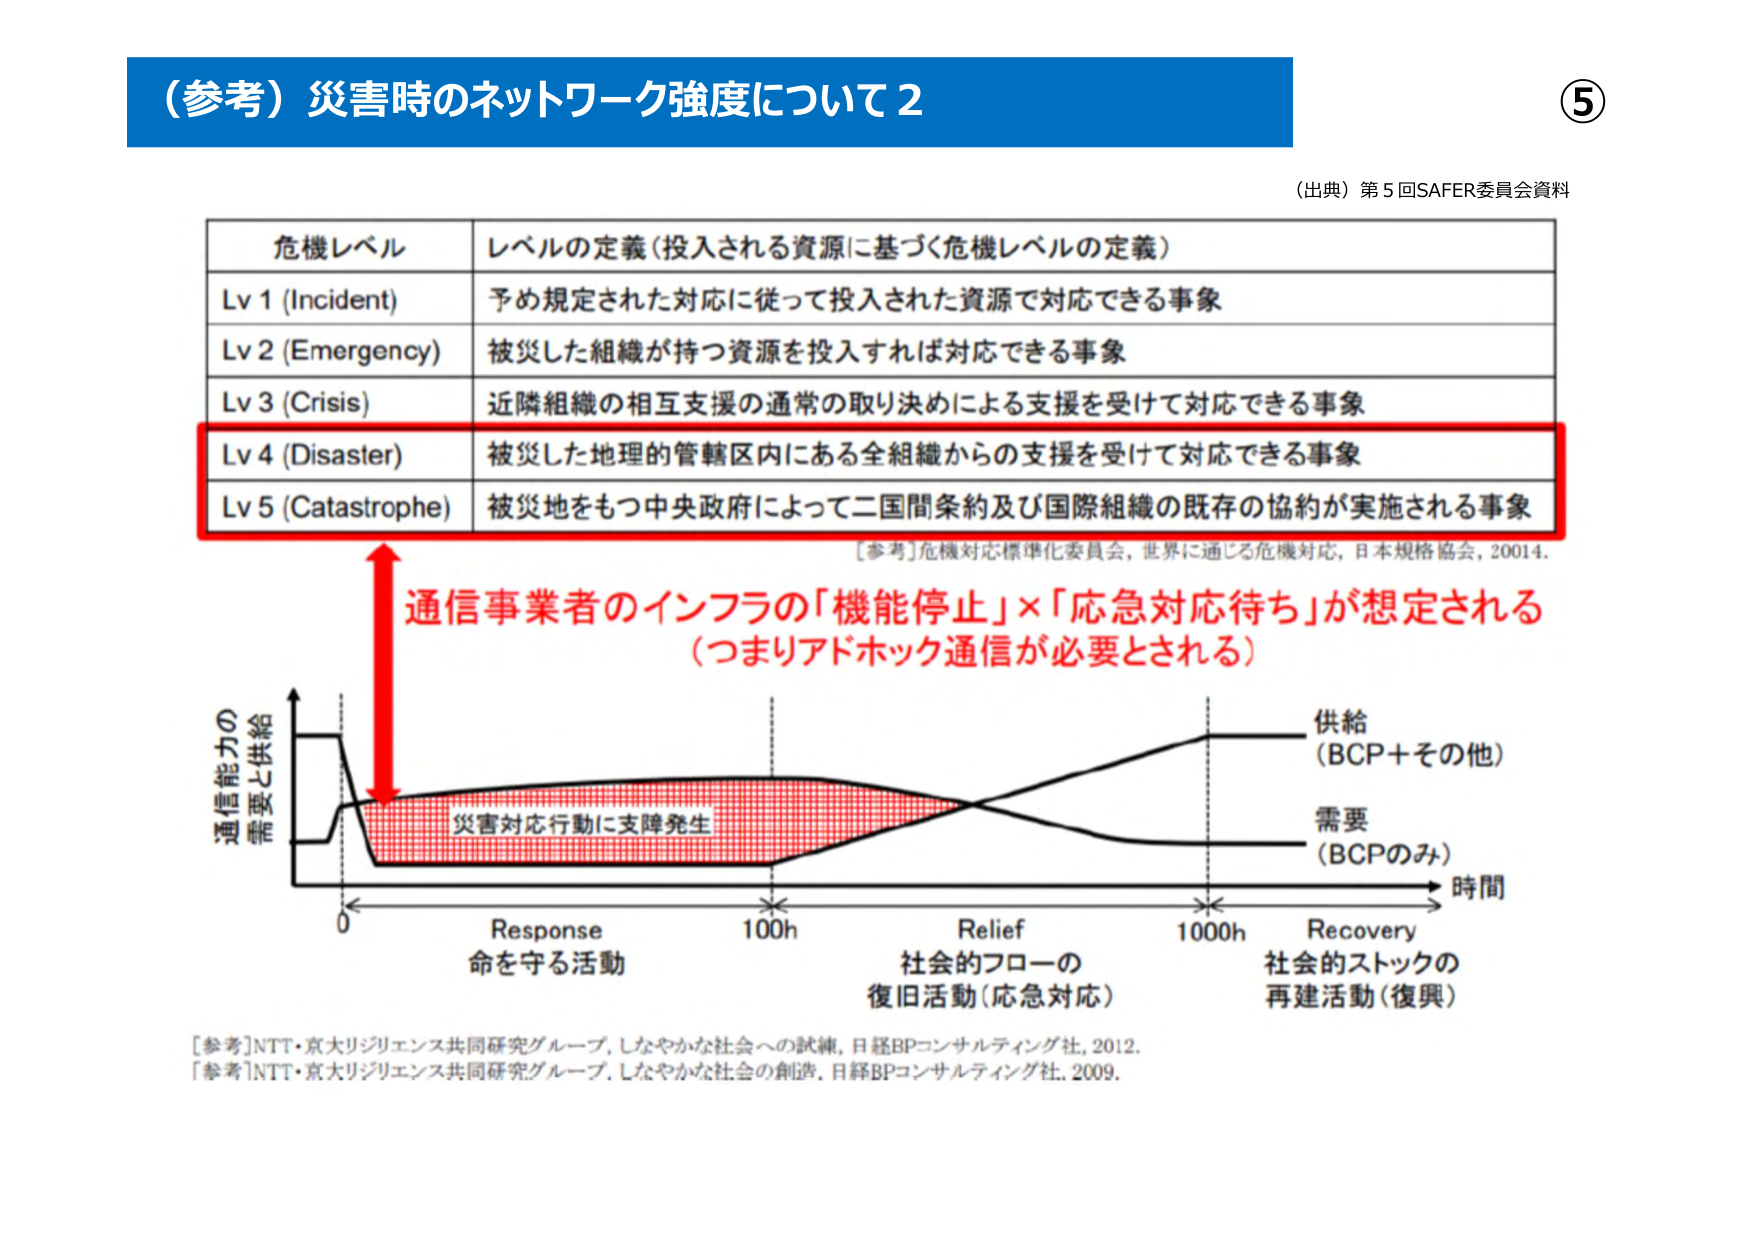
（参考）災害時のネットワーク強度について2

⑤

（出典）第5回SAFER委員会資料

危機レベル　レベルの定義（投入される資源に基づく危機レベルの定義）

Lv 1 (Incident)　予め規定された対応に従って投入された資源で対応できる事象

Lv 2 (Emergency)　被災した組織が持つ資源を投入すれば対応できる事象

Lv 3 (Crisis)　近隣組織の相互支援の通常の取り決めによる支援を受けて対応できる事象

Lv 4 (Disaster)　被災した地理的管轄区内にある全組織からの支援を受けて対応できる事象

Lv 5 (Catastrophe)　被災地をもつ中央政府によって二国間条約及び国際組織の既存の協約が実施される事象

[参考]危機対応標準化委員会, 世界に通じる危機対応, 日本規格協会, 20014.

通信事業者のインフラの「機能停止」×「応急対応待ち」が想定される
（つまりアドホック通信が必要とされる）

通信能力の
需要と供給

供給
（BCP＋その他）

需要
（BCPのみ）

時間

0　Response　100h　Relief　1000h　Recovery

命を守る活動　社会的フローの　社会的ストックの
　　　　　　　　復旧活動（応急対応）　再建活動（復興）

[参考]NTT・京大リジリエンス共同研究グループ, しなやかな社会への試練, 日経BPコンサルティング社, 2012.
[参考]NTT・京大リジリエンス共同研究グループ, しなやかな社会の創造, 日経BPコンサルティング社, 2009.

災害対応行動に支障発生